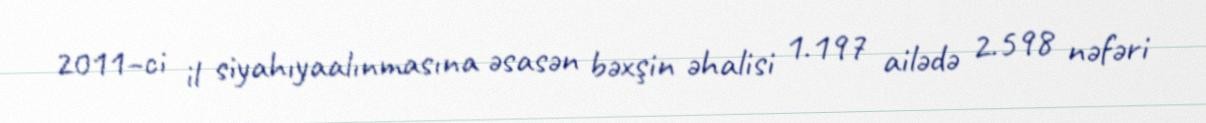
2011–ci il siyahıyaalınmasına əsasən bəxşin əhalisi 1.197 ailədə 2.598 nəfəri